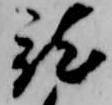
就